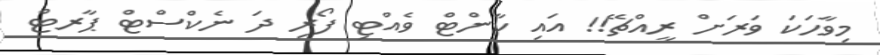
މިވާހަކަ ވަރަށް ރީއްޗޭ!! އައި ކާންޓް ވެއްޓި ފޯރި ދަ ނެކްސްޓް ޕާރޓް